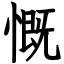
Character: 慨